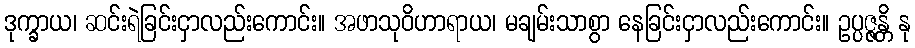
ဒုက္ခာယ၊ ဆင်းရဲခြင်းငှာလည်းကောင်း။ အဖာသုဝိဟာရာယ၊ မချမ်းသာစွာ နေခြင်းငှာလည်းကောင်း။ ဥပ္ပဇ္ဇန္တိ နု